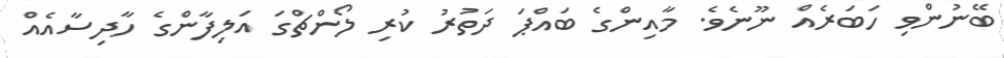
ބޭނުންވި ހަބަރެއް ނޫނެވެ. މާއިންގެ ބައްޕަ ދަތުރު ކުރި ލޯންޗްގަ އަލިފާންގެ ހާދިސާއެއް